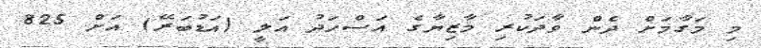
މި މަގާމަށް ދެން ވާދަކުރި މާޒިޔާގެ އަސްހަދު އަލީ (އަޑުބަރޭ) އަށް 825